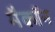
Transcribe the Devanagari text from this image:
मैकॉन